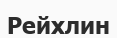
Рейхлин